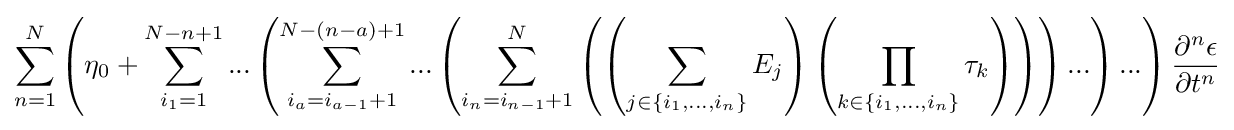
\sum _{n=1}^{N}{\left({\eta _{0}+\sum _{i_{1}=1}^{N-n+1}{...\left({\sum _{i_{a}=i_{a-1}+1}^{N-\left({n-a}\right)+1}{...\left({\sum _{i_{n}=i_{n-1}+1}^{N}{\left({\left({\sum _{j\in \left\{{i_{1},...,i_{n}}\right\}}{E_{j}}}\right)\left({\prod _{k\in \left\{{i_{1},...,i_{n}}\right\}}{\tau _{k}}}\right)}\right)}}\right)...}}\right)...}}\right){\frac {\partial ^{n}{\epsilon }}{\partial {t}^{n}}}}